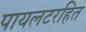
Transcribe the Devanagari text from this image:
पायलटरहित